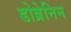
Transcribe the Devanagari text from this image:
डोब्रेनिन